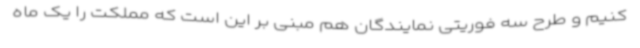
کنیم و طرح سه فوریتی نمایندگان هم مبنی بر این است که مملکت را یک ماه